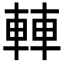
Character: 䡛